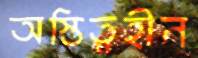
অস্তিত্বহীন